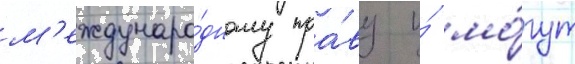
м'еждунаро́дному пра́ву и́ мо́гут